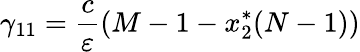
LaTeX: \gamma_{11}=\frac{c}{\varepsilon}(M-1-x_{2}^{*}(N-1))